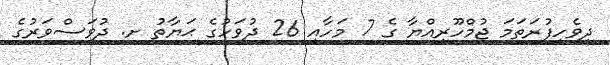
ދިވެހިފުރަތަމަ ޖުމްހޫރިއްޔާ ގެ 7 މަހާއި 26 ދުވަހުގެ ޙަޔާތު ށ. ދުވަސްވަރުގެ